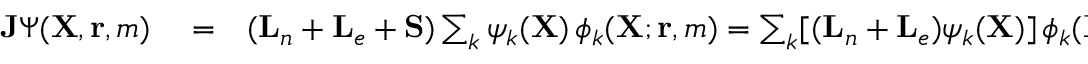
\begin{array} { r l r } { { \mathbf { J } } \Psi ( { \mathbf { X } } , { \mathbf { r } } , m ) } & { { } = } & { ( { \mathbf { L } } _ { n } + { \mathbf { L } } _ { e } + { \mathbf { S } } ) \sum _ { k } \psi _ { k } ( { \mathbf { X } } ) \, \phi _ { k } ( { \mathbf { X } } ; { \mathbf { r } } , m ) = \sum _ { k } [ ( { \mathbf { L } } _ { n } + { \mathbf { L } } _ { e } ) \psi _ { k } ( { \mathbf { X } } ) ] \, \phi _ { k } ( { \mathbf { X } } ; { \mathbf { r } } , m ) } \end{array}